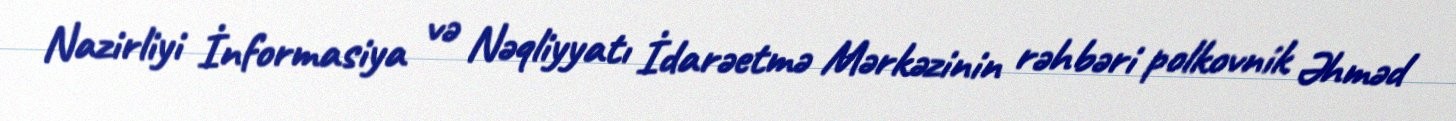
Nazirliyi İnformasiya və Nəqliyyatı İdarəetmə Mərkəzinin rəhbəri polkovnik Əhməd